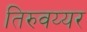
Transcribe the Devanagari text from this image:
तिरुवय्यर